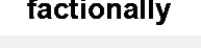
factionally